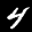
Label: 4